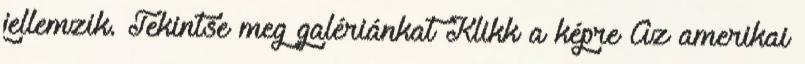
jellemzik. Tekintse meg galériánkat Klikk a képre Az amerikai